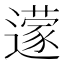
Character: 𮟔